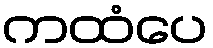
ကထံပေ